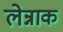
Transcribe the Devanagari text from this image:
लेन्नाक